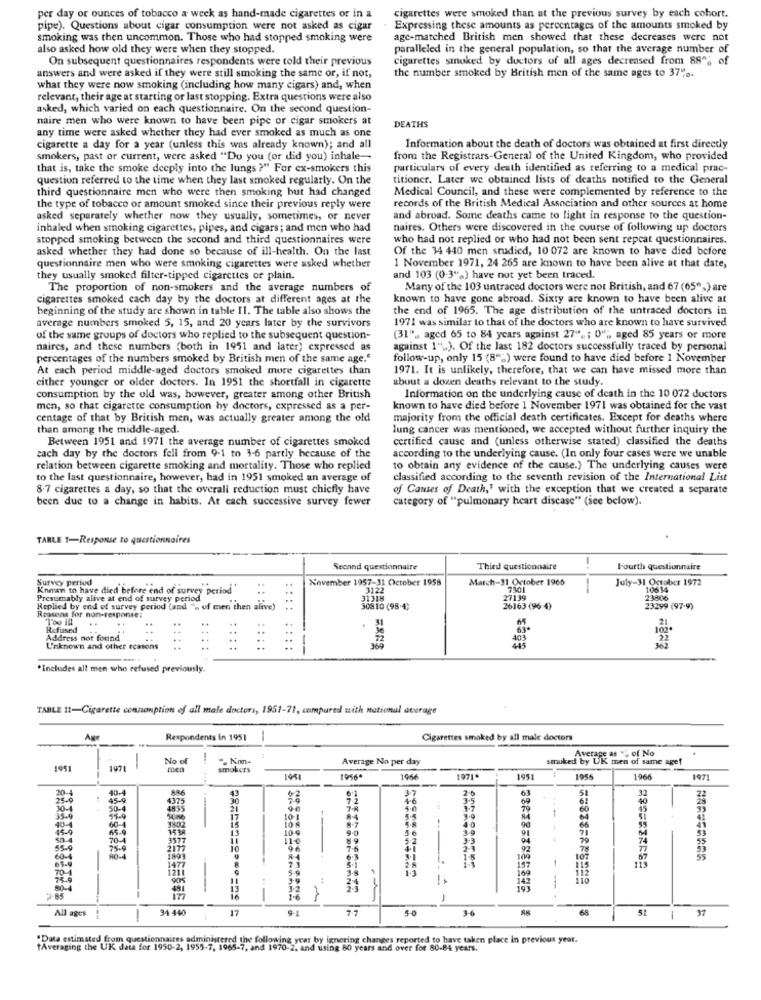
per day or ounces of tobacco a week as hand-made cigarettes or in a
cigarettes were smoked than at the previous survey by each cohort.
pipe). Questions about cigar consumption were not asked as cigar
Expressing these amounts as percentages of the amounts smoked by
smoking was then uncommon. Those who had stopped smoking were
age-matched British men showed that these decreases were not
also asked how old they were when they stopped.
paralleled in the general population, so that the average number of
On subsequent questionnaires respondents were told their previous
cigarettes smoked by ductors of all ages decreased from 88"% of
answers and were asked if they were still smoking the same or, if not,
the number smoked by British men of the same ages to 37%.
what they were now smoking (including how many cigars) and, when
relevant, their age at starting or last stopping. Extra questions were also
asked, which varied on each questionnaire. On the second question-
naire men who were known to have been pipe or cigar smokers at
any time were asked whether they had ever smoked as much as one
DEATHS
cigarette a day for a year (unless this was already known); and all
Information about the death of doctors was obtained at first directly
smokers, past or current, were asked "Do you (or did you) inhale -
from the Registrars-General of the United Kingdom, who provided
that is, take the smoke deeply into the lungs ?" For ex-smokers this
particulars of every death identified as referring to a medical prac-
question referred to the time when they last smoked regularly. On the
titioner. Later we obtained lists of deaths notified to the General
third questionnaire men who were then smoking but had changed
Medical Council, and these were complemented by reference to the
the type of tobacco or amount smoked since their previous reply were
records of the British Medical Association and other sources at home
asked separately whether now they usually, sometimes, or never
and abroad. Some deaths came to light in response to the question-
inhaled when smoking cigarettes, pipes, and cigars; and men who had
naires. Others were discovered in the course of following up doctors
stopped smoking between the second and third questionnaires were
who had not replied or who had not been sent repeat questionnaires.
asked whether they had done so because of ill-health. On the last
Of the 34 440 men studied, 10 072 are known to have died before
questionnaire men who were smoking cigarettes were asked whether
1 November 1971, 24 265 are known to have been alive at that date,
they usually smoked filter-tipped cigarettes of plain.
and 103 (0-3">) have not yet been traced.
The proportion of non-smokers and the average numbers of
Many of the 103 untraced doctors were not British, and 67 (65">) are
cigarettes smoked cach day by the doctors at different ages at the
known to have gone abroad. Sixty are known to have been alive at
beginning of the study are shown in table 11. The table also shows the
the end of 1965. The age distribution of the untraced doctors in
1971 was similar to that of the doctors who are known to have survived
average numbers smoked 5, 15, and 20 years later by the survivors
of the same groups of doctors who replied to the subsequent question-
(31", aged 65 to 84 years against 27". ; 0" ;, aged 85 years or more
naires, and these numbers (both in 1951 and later) expressed as
against 1"\). Of the last 182 doctors successfully traced by personal
percentages of the numbers smoked by British men of the same age."
follow-up, only 15 (8"") were found to have died before 1 November
At each period middle-aged doctors smoked more cigarettes than
1971. It is unlikely, therefore, that we can have missed more than
either younger or older doctors. In 1951 the shortfall in cigarette
about a dozen deaths relevant to the study.
consumption by the old was, however, greater among other British
Information on the underlying cause of death in the 10 072 doctors
men, so that cigarette consumption by doctors, expressed as a per-
known to have died before 1 November 1971 was obtained for the vast
centage of that by British men, was actually greater among the old
majority from the official death certificates. Except for deaths where
than among the middle-aged.
lung cancer was mentioned, we accepted without further inquiry the
Between 1951 and 1971 the average number of cigarettes smoked
certified cause and (unless otherwise stated) classified the deaths
cach day by the doctors fell from 9-1 to 3-6 partly because of the
according to the underlying cause. (In only four cases were we unable
relation between cigarette smoking and mortality. Those who replied
to obtain any evidence of the cause.) The underlying causes were
to the last questionnaire, however, had in 1951 smoked an average of
classified according to the seventh revision of the International List
8.7 cigarettes a day, so that the overall reduction must chicfly have
of Causes of Death,' with the exception that we created a separate
been due to a change in habits. At each successive survey fewer
category of "pulmonary heart discase" (see below).
TABLE 1-Response to questionnaires
Second questionnaire
Third questionnaire
Fourth questionnaire
Survey period
November 1957-31 October 1958
March-31 October 1966
July-31 October 1972
Known to have died before end of survey period
3122
BICLE
7301
10614
Presumably alive at end of survey period
27139
23806
Replied by end of survey period (and "> of men chen alive)
30810 (98 .4;
26163 (96-4)
23299 (97-9)
Reasons for non-response:
..
21
Refused
..
102º
Address not found
..
403
U'nknown and other reasons
::::
--
*Includes all men who refused previously.
TABLE 11-Cigarette connanption of all male doctors, 1951-71, compared with national average
Respondents in 1951
-
Cigarettes smoked by all male doctors
Average as "" of No
-
No of
-
Average No per day
smoked by UK men of same age!
1951
1971
med
smokers
1981
10564
1946
1971.
1951
1955
1966
1971
20-
3-7
2-
61
32
22
45.0
4375
7.2
4-6
3.5
69
0-4
50-4
4855
-
9-0
7-8
5.0
44
79
60
17
10-1
$5
40
15-0
43-4
60-4
13
10 g
9-0
36
3-9
90
91
66
sh.4
70-4
3577
11-0
3-3
94
79
55-9
75-9
2177
10
96
41
2-3
92
78
77
60-4
1899
107
67
70-4
1477
8
5.
112
115
115
73.9
£
..
169
80-4
12
MANN
191
1
-
1.6
-
All ages
34 440
17
9-1
1-6
68
37
1
45
1
"Data estimated from questionnaires administered the following year by ignoring changes reported to have taken place in previous year.
"Averaging the UK data for 1950-2, 1955-7, 1965-7, and 1970-2, and using 80 years and over for 80-84 years.